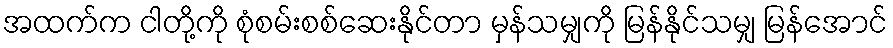
အထက်က ငါတို့ကို စုံစမ်းစစ်ဆေးနိုင်တာ မှန်သမျှကို မြန်နိုင်သမျှ မြန်အောင်